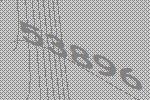
53896